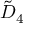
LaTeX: { \tilde { D } } _ { 4 }